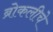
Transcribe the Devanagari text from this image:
ब्रोकलीचे